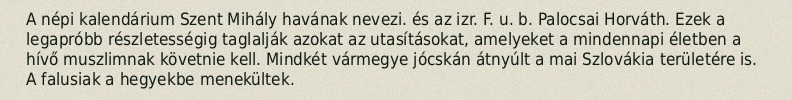
A népi kalendárium Szent Mihály havának nevezi. és az izr. F. u. b. Palocsai Horváth. Ezek a legapróbb részletességig taglalják azokat az utasításokat, amelyeket a mindennapi életben a hívő muszlimnak követnie kell. Mindkét vármegye jócskán átnyúlt a mai Szlovákia területére is. A falusiak a hegyekbe menekültek.